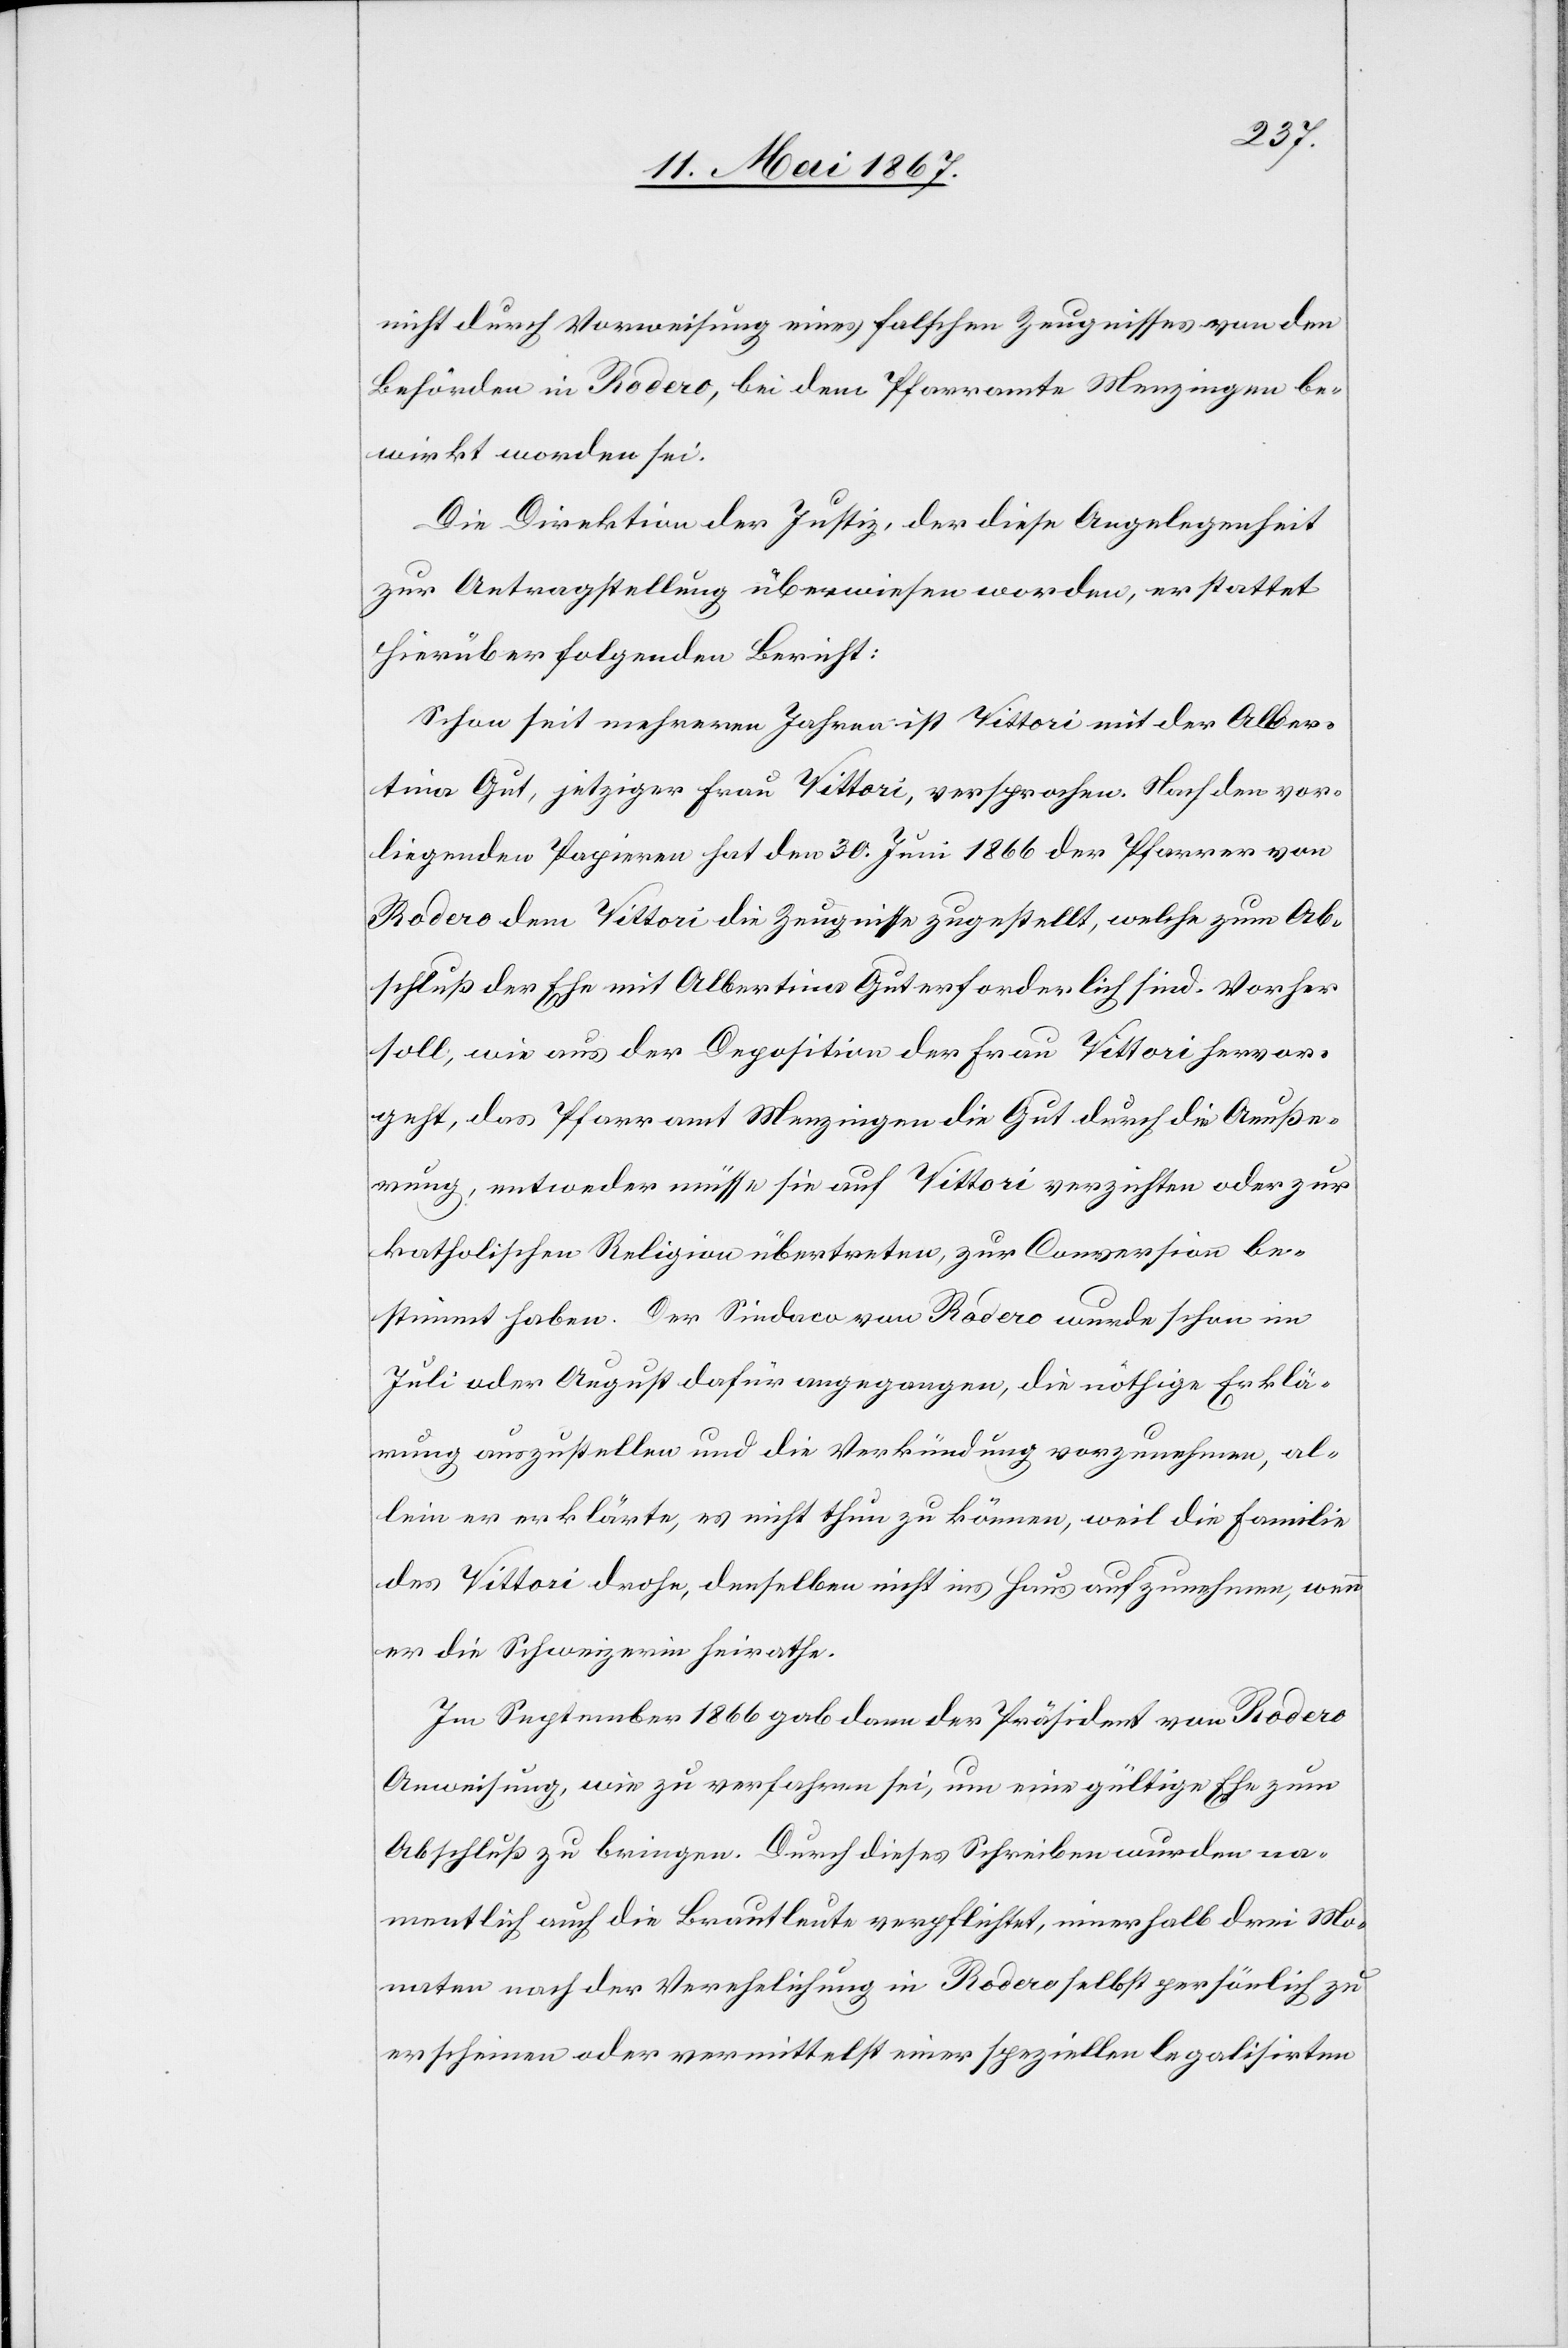
nicht durch Vorweisung eines falschen Zeugnisses von den
Behörden in Rodero, bei dem Pfarramte Menzingen be¬
wirkt worden sei.
Die Direktion der Justiz, der diese Angelegenheit
zur Antragstellung überwiesen worden, erstattet
hierüber folgenden Bericht:
Schon seit mehreren Jahren ist Vittori mit der Alber¬
tina Gut, jetziger Frau Vittori, versprochen. Nach den vor¬
liegenden Papieren hat den 30. Juni 1866 der Pfarrer von
Rodero dem Vittori die Zeugnisse zugestellt, welche zum Ab¬
schluß der Ehe mit Albertina Gut erforderlich sind. Vorher
soll, wie aus der Deposition der Frau Vittori hervor¬
geht, das Pfarramt Menzingen die Gut durch die Aeuße¬
rung, entweder müsse sie auf Vittori verzichten oder zur
katholischen Religion übertreten, zur Conversion be¬
stimmt haben. Der Sindeco von Rodero wurde schon im
Juli oder August dafür angegangen, die nöthige Erklä¬
rung auszustellen und die Verkündung vorzunehmen, al¬
lein er erklärte, es nicht thun zu können, weil die Familie
des Vittori drohe, denselben nicht ins Haus aufzunehmen, wenn
er die Schweizerin heirathe.
Im September 1866 gab dann der Präsident von Rodero
Anweisung, wie zu verfahren sei, um eine gültige Ehe zum
Abschluß zu bringen. Durch dieses Schreiben wurden na¬
mentlich auch die Brautleute verpflichtet, innerhalb drei Mo¬
naten nach der Verehlichung in Rodero selbst persönlich zu
erscheinen oder vermittelst einer speziellen legalisirten